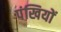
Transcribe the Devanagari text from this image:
पंखियों